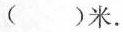
()米。